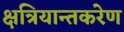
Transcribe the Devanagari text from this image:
क्षत्रियान्तकरेण